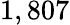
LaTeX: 1,807